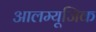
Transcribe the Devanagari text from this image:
आलम्यूजिक